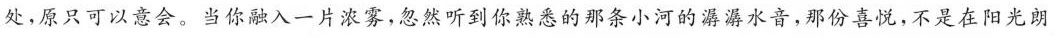
处。原只可以意会。当你融入一片浓雾，忽然听到你熟悉的那条小河的潺潺水音，那份喜悦，不是在阳光朗